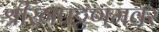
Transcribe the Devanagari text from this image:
श्रीरंगपट्टणमवर